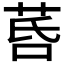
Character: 𦯚